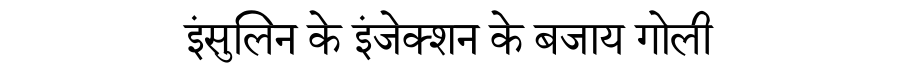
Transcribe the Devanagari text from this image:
इंसुलिन के इंजेक्शन के बजाय गोली